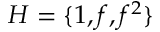
H = \{ 1 , f , f ^ { 2 } \}